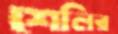
শেলির